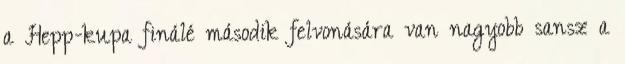
a Hepp-kupa finálé második felvonására van nagyobb sansz a